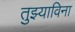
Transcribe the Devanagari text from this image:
तुझ्याविना